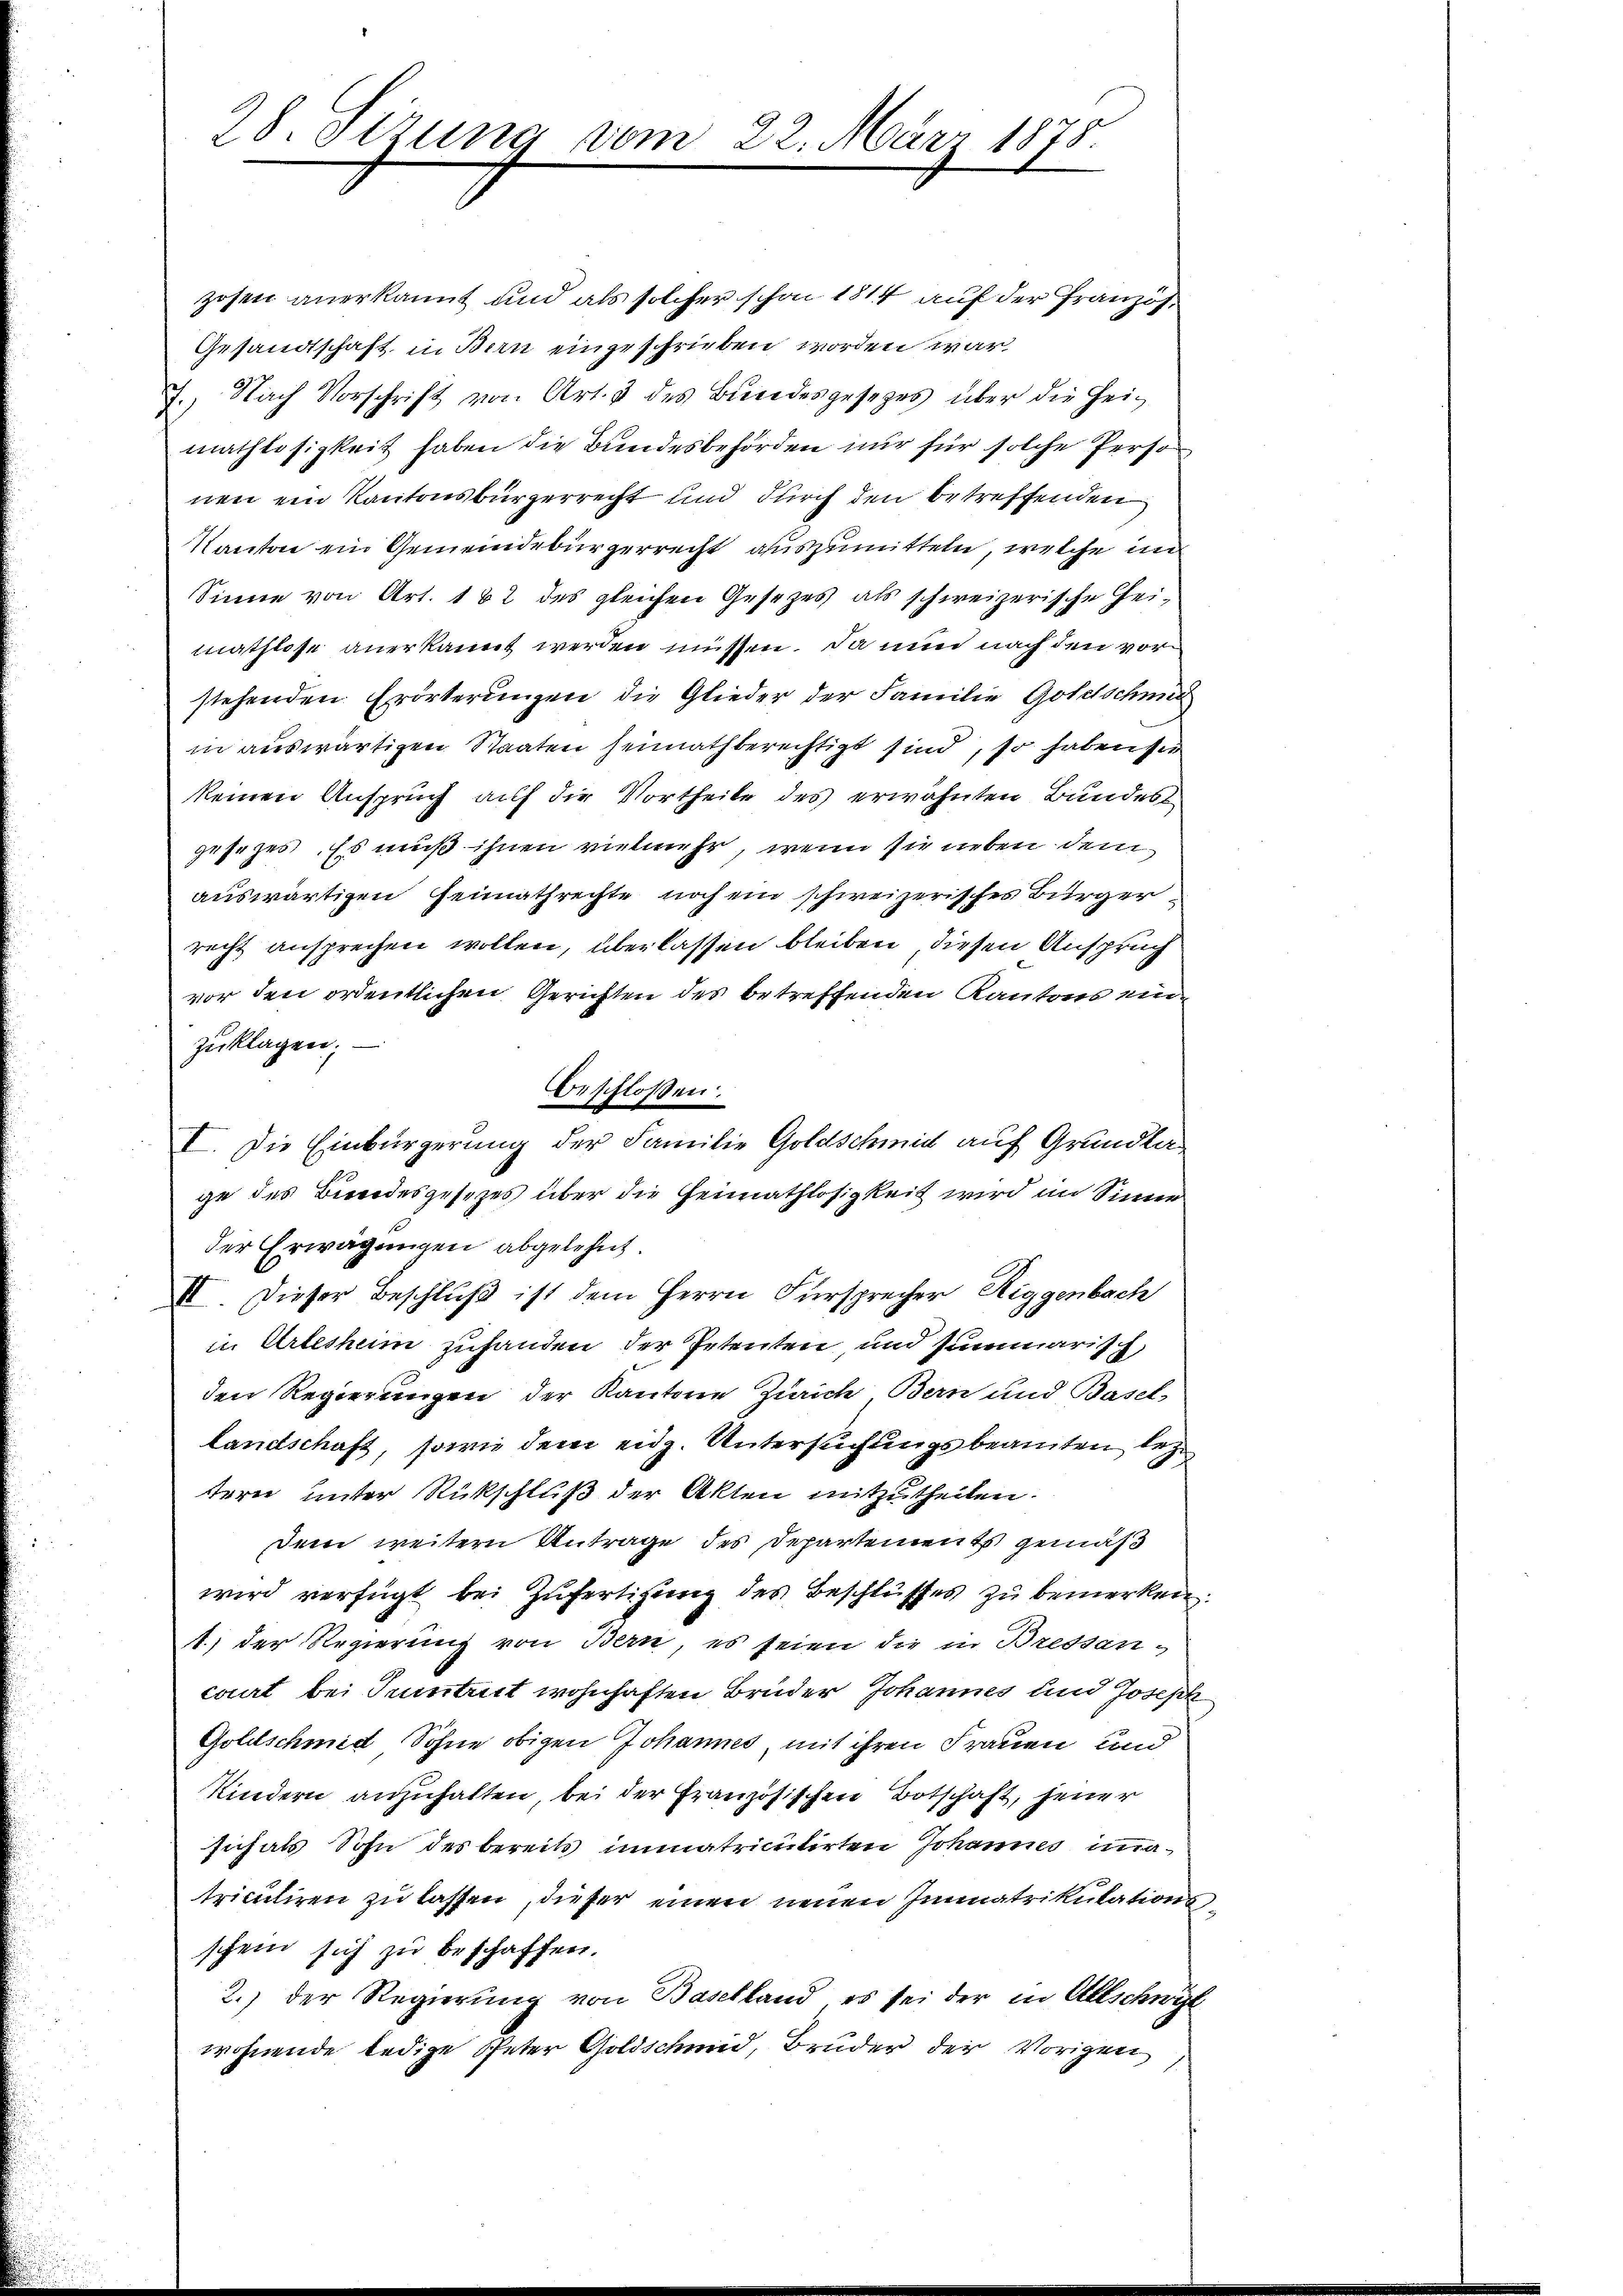
28. Sizung vom

zosen anerkannt und als solcher schon 1814 auf der Franzis
Gesandtschaft in Bern eingeschrieben worden war,
7.) Nach Vorschrift von Art. 4 des Bundesgesezes über die Heimathlosigkeit haben die Bundesbehörden nur für solche Perso
nen ein Kantonsbürgerrecht und durch den betreffenden
Kanton ein Gemeindebürgerrecht auszumitteln, welche un
Sinne von Art. 182 des gleichen Gesezes als schweizerische Heimathlose anerkannt werden müssen. Da nun nach den vor
stehenden Erörterungen die Glieder der Familie Gottschied
in auswärtigen Staaten heimath berechtigt sind, so haben sie
keinen Anspruch auf die Vortheile des erwähnten Bundest
gesezes. Es muß ihnen vielmehr, wenn sie neben dem
auswärtigen Heimathrechte noch ein schweizerisches Bürgerrecht ansprechen wollen, überlassen bleiben, diesen Anspruch
vor den ordentlichen Gerichten des betreffenden Kantons einzuklagen:
ge des Beendesgesezes über die Heimathlosigkeit wird im Sinne
der Erwägungen abgelehnt.
II. Dieser Beschluß ist dem Herrn Fürsprecher Riggenbach
in Arleshum zuhanden der Petenten, und summarisch,
den Regierungen der Kantone Zürich Bern und Basel,
Landschaft, sowie dem eidg. Untersuchungsbeamten leztern unter Rückschluß der Akten mitzutheilen.
dem weitern Antrage des Departements gemäß
wird verfügt bei Zufertigung des Beschlusses zu bemerken
1.) der Regierung von Bern, es seien die in Bressan-
court bei Tumtrirt wohnhaften Brüder Johannes und Joseph
Golitschmid, Sohne obigen Johannes, mit ihren Frauen und
Kindern anzuhalten, bei der Französischen Botschaft, jener
sich als Sohn des bereits immatriculirten Johannes immatriculiren zu lassen, dieser einen neuen Immatrikulations
schein sich zu beschaffen.
2.) der Regierung von Baselland, es sei der in Allschwie
wohnende ledige Speter Goldschmid, Bruder der Vorigen

beschloßen:
I. Die Einbürgerung der Familie Goldschmid auf Grundla

22. März 1878.